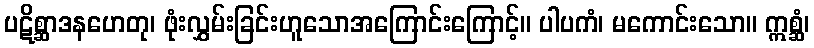
ပဋိစ္ဆာဒနဟေတု၊ ဖုံးလွှမ်းခြင်းဟူသောအကြောင်းကြောင့်။ ပါပကံ၊ မကောင်းသော။ ဣစ္ဆံ၊